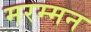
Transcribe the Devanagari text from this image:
मरम्मन